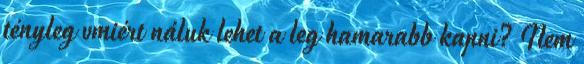
tényleg vmiért náluk lehet a leg hamarabb kapni? Nem